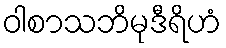
ဝါစာသဘိမုဒီရိဟံ